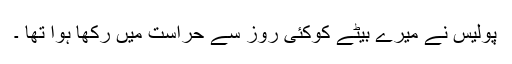
پولیس نے میرے بیٹے کوکئی روز سے حراست میں رکھا ہوا تھا ۔